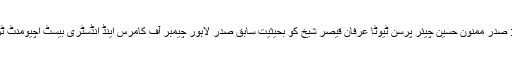
لاہور کی تصاویر، لاہور: صدر ممنون حسین چیئر پرسن ٹیوٹا عرفان قیصر شیخ کو بحیثیت سابق صدر لاہور چیمبر آف کامرس اینڈ انڈسٹری بیسٹ اچیومنٹ ٹرافی ایوارڈ دے رہے ہیں۔